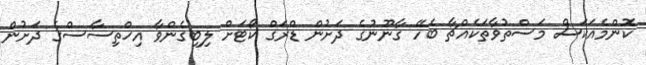
ކޮންމެއަކަސް މަސްތުވާތަކެއްޗާ ބެހޭ ގާނޫނުގެ ދަށުން ޑްރަގް ކޯޓަށް ލިބިގެންވާ އިޚްތިސާސްގެ ދަށުން